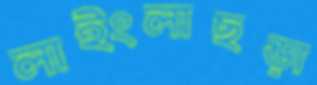
লাইংলাছড়া